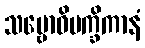
သမ္ဗောဓိပက္ခိကာနံ